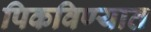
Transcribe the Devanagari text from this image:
पिकविण्यात